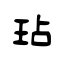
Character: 玷